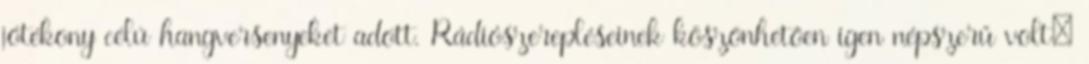
jótékony célú hangversenyeket adott. Rádiószerepléseinek köszönhetően igen népszerű volt;